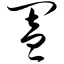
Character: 阖